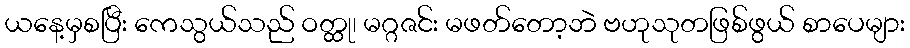
ယနေ့မှစပြီး ကေသွယ်သည် ဝတ္ထု၊ မဂ္ဂဇင်း မဖတ်တော့ဘဲ ဗဟုသုတဖြစ်ဖွယ် စာပေများ